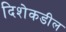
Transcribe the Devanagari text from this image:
दिशेकडील